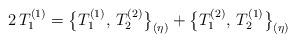
LaTeX: \begin{align*}2\,T_1^{(1)}=\bigl\{T_1^{(1)},\,T_2^{(2)}\bigr\}_{(\eta)}+\bigl\{T_1^{(2)},\,T_2^{(1)}\bigr\}_{(\eta)}\end{align*}